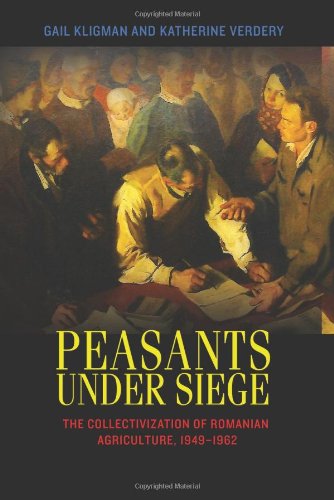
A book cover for Peasants under Siege: The Collectivization of Romanian Agriculture, 1949-1962; Gail Kligman; History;